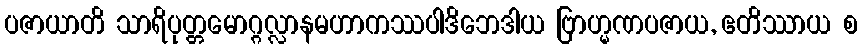
ပဇာယာတိ သာရိပုတ္တမောဂ္ဂလ္လာနမဟာကဿပါဒိဘေဒါယ ဗြာဟ္မဏပဇာယ, ဧတိဿာယ စ